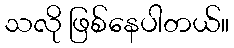
သလို ဖြစ်နေပါတယ်။